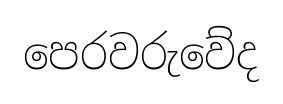
පෙරවරුවේද